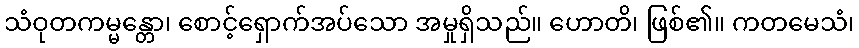
သံဝုတကမ္မန္တော၊ စောင့်ရှောက်အပ်သော အမှုရှိသည်။ ဟောတိ၊ ဖြစ်၏။ ကတမေသံ၊